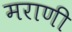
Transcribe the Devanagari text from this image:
मराणी